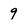
Character: 9